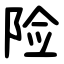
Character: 险